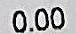
0.00